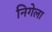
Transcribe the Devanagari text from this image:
निगेला